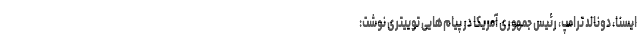
ایسنا، دونالد ترامپ، رئیس جمهوری آمریکا در پیام‌هایی توییتری نوشت: